Bulletin of the Pasteur Institute of Southern India, Coonoor - No. 3.
Year: 1910
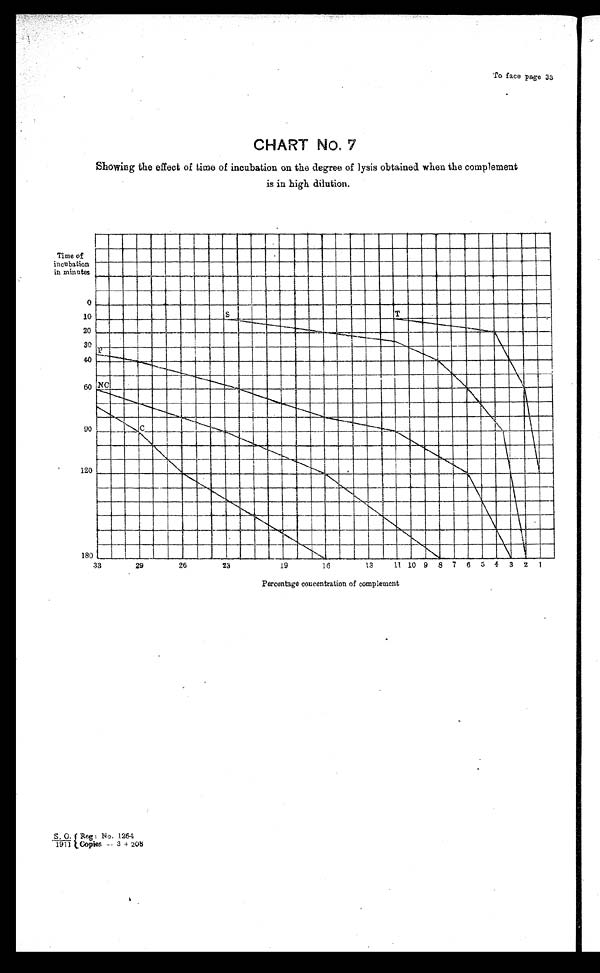
To face page 33
CHART No.7
Showing the effect of time of incubation on the degree of lysis obtained when the complement
is in high dilution.
S.O./1911{Reg: No. 1264
copies—3 +208